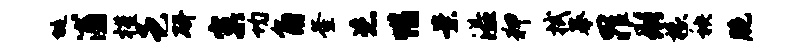
埏浦槿邑研窠均角釜恣惜案溢狎拭摹罪形椽秧胞